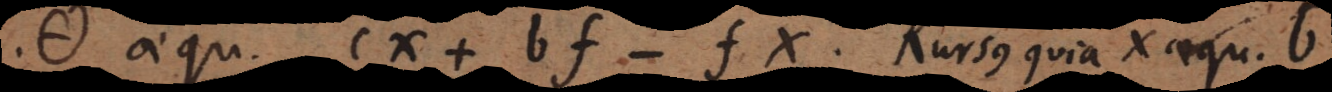
aequ. + cx + bf − fx. Rursus quia x aequ. b